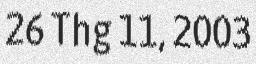
26 Thg 11, 2003